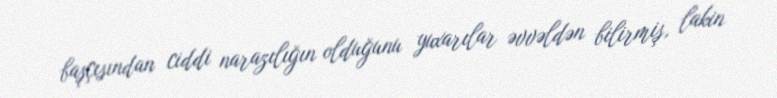
başçısından ciddi narazılığın olduğunu yuxarılar əvvəldən bilirmiş, lakin